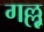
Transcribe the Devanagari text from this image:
गल्लू